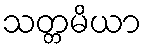
သတ္တမိယာ